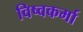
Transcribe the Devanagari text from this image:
विष्वकर्मा